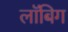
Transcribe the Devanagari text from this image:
लॉबिग